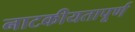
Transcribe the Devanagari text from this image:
नाटकीयतापूर्ण